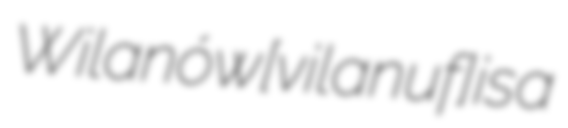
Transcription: Wilanów [viˈlanuf] is a